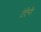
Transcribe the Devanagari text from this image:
टेटैनी